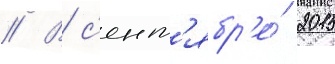
// В с'ент'ябр'е́ 2015